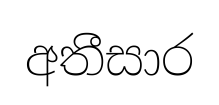
අතීසාර